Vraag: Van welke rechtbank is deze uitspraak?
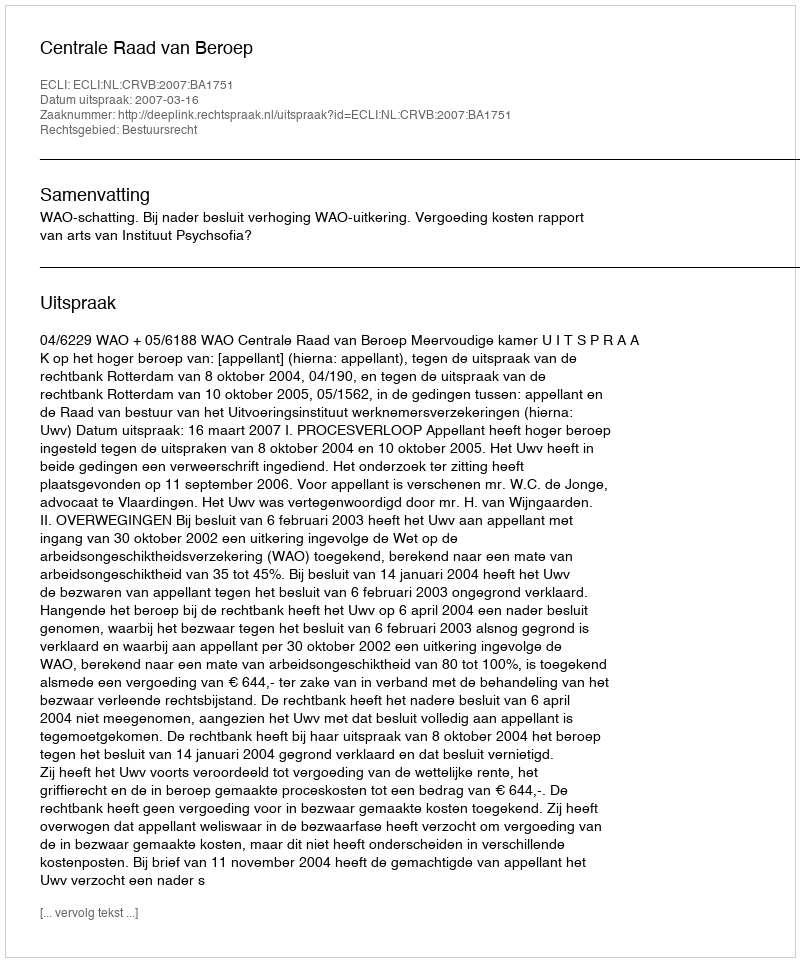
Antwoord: Centrale Raad van Beroep